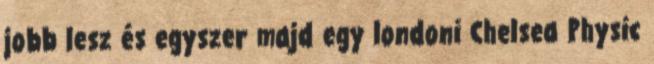
jobb lesz és egyszer majd egy londoni Chelsea Physic